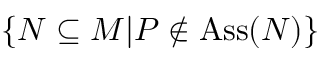
\{ N \subseteq M | P \not \in \operatorname { A s s } ( N ) \}